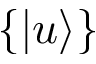
\{ | u \rangle \}